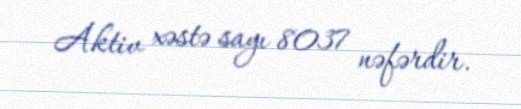
Aktiv xəstə sayı 8037 nəfərdir.